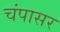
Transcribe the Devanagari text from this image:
चंपासर